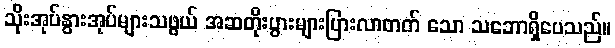
သိုးအုပ်နွားအုပ်များသဖွယ် အဆတိုးပွားများပြားလာတတ် သော သဘောရှိပေသည်။